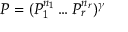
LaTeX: P = ( P _ { 1 } ^ { n _ { 1 } } \dots P _ { r } ^ { n _ { r } } ) ^ { \gamma }